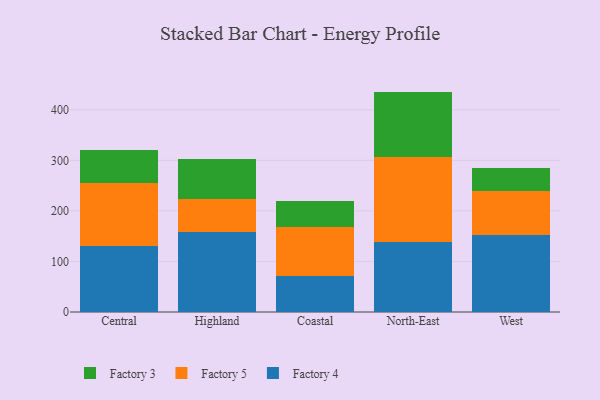
{"axis": {"x": "Region", "y": "Gross Profit (USD K)"}, "legend": ["Factory 3", "Factory 4", "Factory 5"], "data": [{"x": "Central", "y": 130.0, "type": "Factory 4"}, {"x": "Central", "y": 125.9, "type": "Factory 5"}, {"x": "Central", "y": 63.7, "type": "Factory 3"}, {"x": "Highland", "y": 157.8, "type": "Factory 4"}, {"x": "Highland", "y": 65.9, "type": "Factory 5"}, {"x": "Highland", "y": 79.1, "type": "Factory 3"}, {"x": "Coastal", "y": 70.7, "type": "Factory 4"}, {"x": "Coastal", "y": 97.6, "type": "Factory 5"}, {"x": "Coastal", "y": 52.1, "type": "Factory 3"}, {"x": "North-East", "y": 138.9, "type": "Factory 4"}, {"x": "North-East", "y": 166.8, "type": "Factory 5"}, {"x": "North-East", "y": 130.3, "type": "Factory 3"}, {"x": "West", "y": 152.4, "type": "Factory 4"}, {"x": "West", "y": 87.9, "type": "Factory 5"}, {"x": "West", "y": 43.6, "type": "Factory 3"}]}